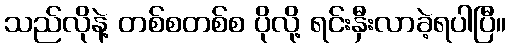
သည်လိုနဲ့ တစ်စတစ်စ ပိုလို့ ရင်းနှီးလာခဲ့ရပါပြီ။